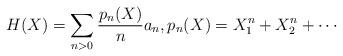
LaTeX: \begin{align*}H(X)=\sum_{n>0}\frac{p_n(X)}{n}a_n,p_n(X)=X_1^n+X_2^n+\cdots\end{align*}